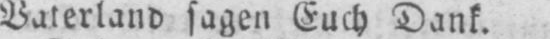
Vaterland sagen Euch Dank.